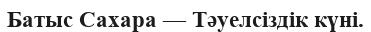
Батыс Сахара — Тәуелсіздік күні.